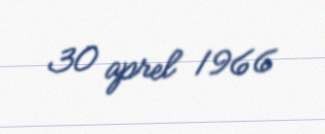
30 aprel 1966